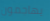
يهاجمون